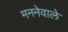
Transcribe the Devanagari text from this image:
मननेवाले